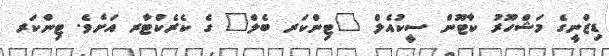
ޑިޒްނީގެ މަޝްހޫރު ކާޓޫން ސީކުއެލް "ޓިންކަރ ބެލް" ގެ ކެރެކްޓާރ އަށެވެ. ޓިންކަރ